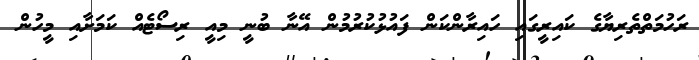
ރަހުމަތްތެރިޔާގެ ކައިރީގައި ހައިރާންކަން ފައުޅުކުރުމުން އޭނާ ބުނީ މިއީ ރިސޯޓެއް ކަމަށާއި މީހުން